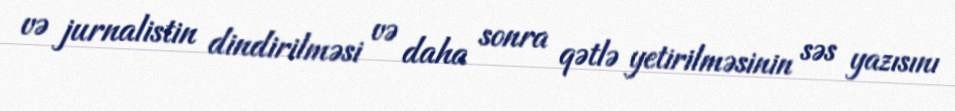
və jurnalistin dindirilməsi və daha sonra qətlə yetirilməsinin səs yazısını